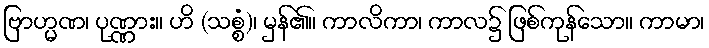
ဗြာဟ္မဏ၊ ပုဏ္ဏား။ ဟိ (သစ္စံ)၊ မှန်၏။ ကာလိကာ၊ ကာလ၌ ဖြစ်ကုန်သော။ ကာမာ၊